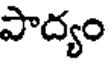
పాద్యం